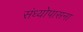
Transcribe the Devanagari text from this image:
संध्योपासना